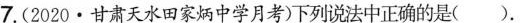
7.(2020·甘肃天水田家炳中学月考)下列说法中正确的是( ).